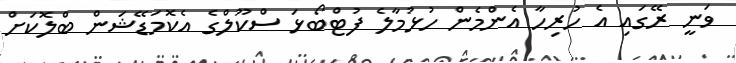
ވަނީ ރޭގައި އެ ހުރިހާ އެންމެން ހުޅުމާލެ ފުޓްބޯޅަ ސްކޫލްގެ އެކޮމަޑޭޝަން ބްލޮކަށް